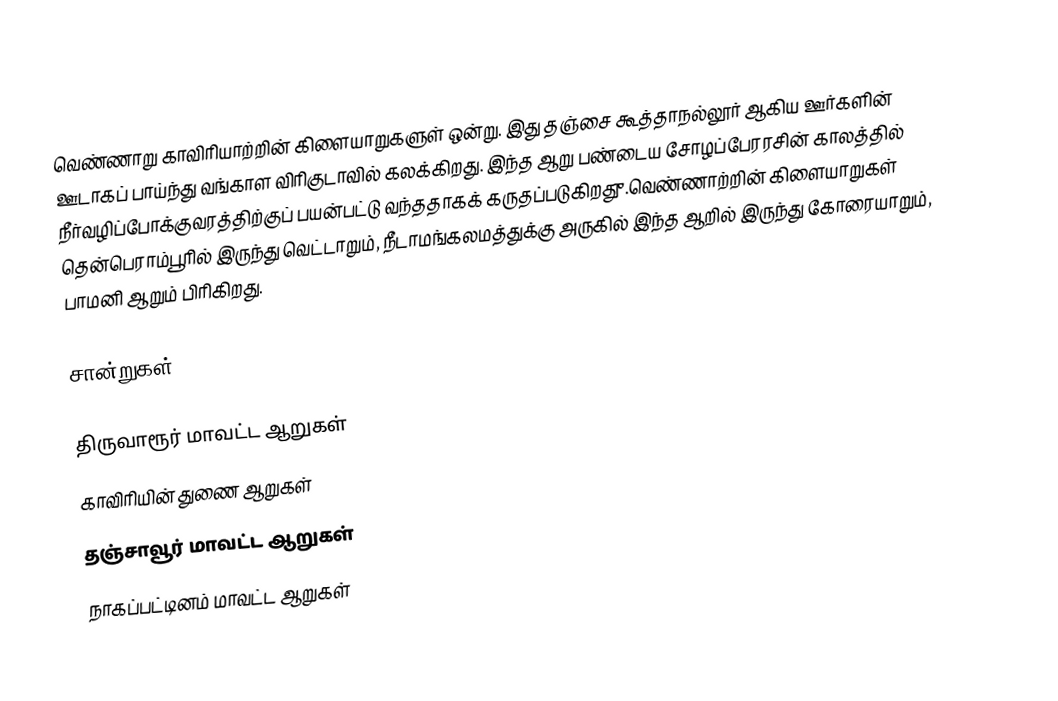
வெண்ணாறு காவிரியாற்றின் கிளையாறுகளுள் ஒன்று. இது  தஞ்சை கூத்தாநல்லூர் ஆகிய ஊர்களின் ஊடாகப் பாய்ந்து வங்காள விரிகுடாவில் கலக்கிறது. இந்த ஆறு பண்டைய சோழப்பேரரசின் காலத்தில் நீர்வழிப்போக்குவரத்திற்குப் பயன்பட்டு வந்ததாகக் கருதப்படுகிறதுு.வெண்ணாற்றின் கிளையாறுகள் தென்பெராம்பூரில் இருந்து வெட்டாறும், நீடாமங்கலமத்துக்கு அருகில் இந்த ஆறில் இருந்து கோரையாறும், பாமனி ஆறும் பிரிகிறது.

சான்றுகள்

திருவாரூர் மாவட்ட ஆறுகள்
காவிரியின் துணை ஆறுகள்
தஞ்சாவூர் மாவட்ட ஆறுகள்
நாகப்பட்டினம் மாவட்ட ஆறுகள்